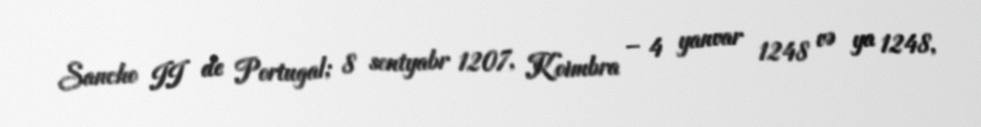
Sancho II de Portugal; 8 sentyabr 1207, Koimbra – 4 yanvar 1248 və ya 1248,